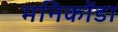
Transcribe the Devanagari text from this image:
मनिकोंडा